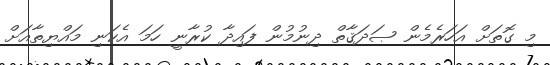
މި ގޮތަށް އަހަރެމެން ޞަދަޤާތް ދިނުމުން ފައިދާ ކުރާނީ ހަމަ އެކަނި މައްޔިތާއަށް